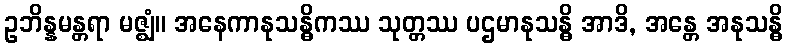
ဥဘိန္နမန္တရာ မဇ္ဈံ။ အနေကာနုသန္ဓိကဿ သုတ္တဿ ပဌမာနုသန္ဓိ အာဒိ, အန္တေ အနုသန္ဓိ